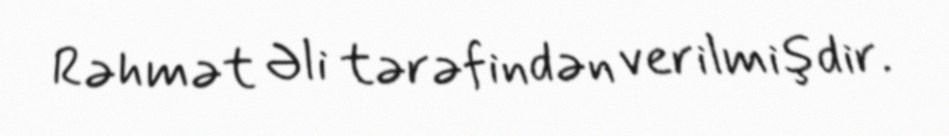
Rəhmət Əli tərəfindən verilmişdir.